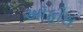
અૉફીસ